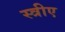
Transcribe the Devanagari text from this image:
स्त्रीए